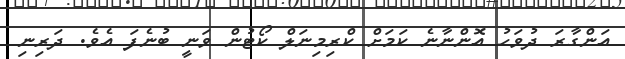
އަންގާރަ ދުވަހު އޮންނާނެ ކަމަށް ކްރިމިނަލް ކޯޓުން ވަނީ ބުނެފަ އެވެ. ދަރިނި